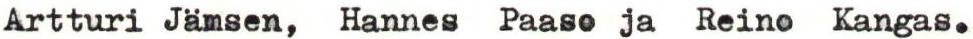
Artturi Jämsen, Hannes Paaso ja Reino Kangas.